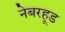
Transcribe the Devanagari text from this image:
नेबरहूड